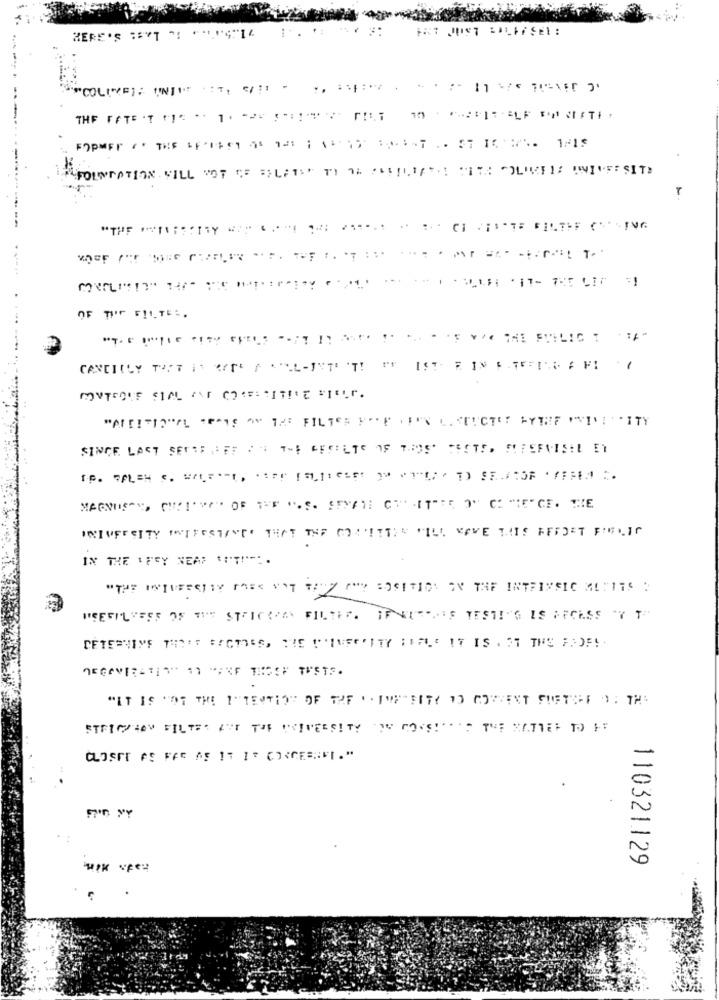
THE FATE 'T (1 . 1 . 1 << T.
--...
FOUNDATION WILL NOT BE BELFAST TI TR PASILLERA WITH OLIVES UNIVERSITY
---
.: : 1. .
-
OF TIF FILTE :.
. .. ... THE FULLIC
CANCILLY THAT IT WAS A COOL-INTUIT! IT IST FIN CAFFEINE FFI
"ME!"O"ALTRA15 ON THE FILTER FOR FUN LA STICTE SYRE PITITY
SINCE LAST SETTE FFF IN THE RESULTS OF THIS FESTE, FEFERVISEL ET
INTUFFCITY INTERSTANE" THAT THE CONNETTER WILL HAVE THIS FEEDET FELIC
IN THE IFEY NEAR OPT -:.
"TU" INTERFERTHY THES WOT THIS GUY POSITION ON THE INTRINSIC MERITS :
HEEFILYEES OF THE STICKVAN FILTHY. IFKURS VEST!"G IS HECKSS YT
"IT IS "OT THE 1"TESTIS" OF THE " IME"FITY 1 COMMENT FUETSF ); THE
STRICSHOW FILTER AND THE UNIVERSITY OF ROSSI'S THE MATTER DO FF
110321129